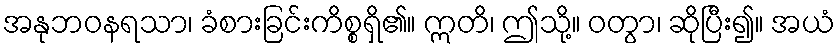
အနုဘဝနရသာ၊ ခံစားခြင်းကိစ္စရှိ၏။ ဣတိ၊ ဤသို့။ ဝတွာ၊ ဆိုပြီး၍။ အယံ